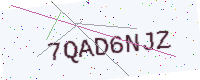
Text: 7QAD6NJZ